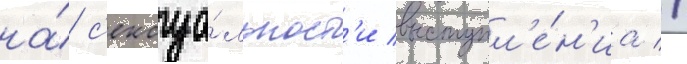
на́ с'ексуа́льност'и выступл'е́н'иа //